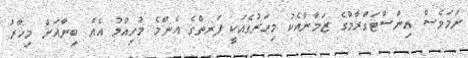
ނަމަވެސް އިންސްޓަގްރާމްގެ ޒަމާނާއެކު މިހަރުގެއަކީ ޕަރތްގެ އެންމެ މުހިއްމު އެއް ބިނާއަށް މިހާރު